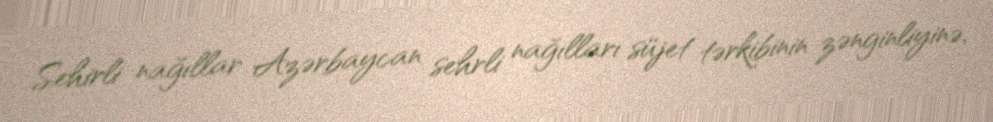
Sehirli nağıllar Azərbaycan sehrli nağılları süjet tərkibinin zənginliyinə,